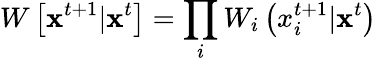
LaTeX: W\left[{\mathbf x}^{t+1}|{\mathbf x}^{t}\right]=\prod_{i}W_{i}\left(x_{i}^{t+1}|{\mathbf x}^{t}\right)